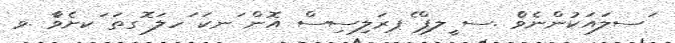
ަސލައަކުންނެވެް .ސ ީލޕް ެޕރަލިސިސް އޮން ަނކަ ަހލަ ޮގތަ ަކށެވެާ .ވ